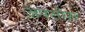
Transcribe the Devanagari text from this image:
अफ्सोस